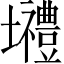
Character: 𡓾